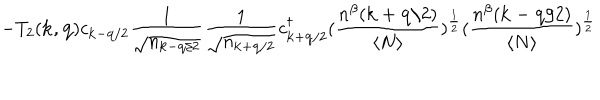
- T _ { 2 } ( { \bf { k } } , { \bf { q } } ) c _ { { \bf { k } } - { \bf { q } } / 2 } \frac { 1 } { \sqrt { n _ { { \bf { k } } - { \bf { q } } / 2 } } } \frac { 1 } { \sqrt { n _ { { \bf { k } } + { \bf { q } } / 2 } } } c _ { { \bf { k } } + { \bf { q } } / 2 } ^ { \dagger } ( \frac { n ^ { \beta } ( { \bf { k } } + { \bf { q } } / 2 ) } { \langle N \rangle } ) ^ { \frac { 1 } { 2 } } ( \frac { n ^ { \beta } ( { \bf { k } } - { \bf { q } } / 2 ) } { \langle N \rangle } ) ^ { \frac { 1 } { 2 } }